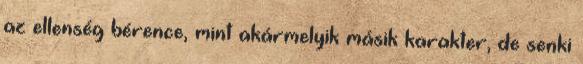
az ellenség bérence, mint akármelyik másik karakter, de senki